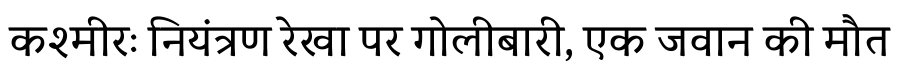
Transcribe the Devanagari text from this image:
कश्मीरः नियंत्रण रेखा पर गोलीबारी, एक जवान की मौत